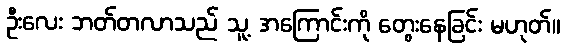
ဦးလေး ဘတ်တလာသည် သူ့ အကြောင်းကို တွေးနေခြင်း မဟုတ်။